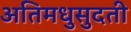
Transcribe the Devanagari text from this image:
अतिमधुसुदती